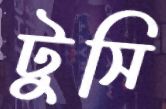
টুসি